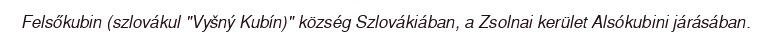
Felsőkubin (szlovákul "Vyšný Kubín)" község Szlovákiában, a Zsolnai kerület Alsókubini járásában.